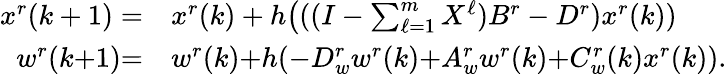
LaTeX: \begin{array}{rl}{x^{r}(k+1)=}&{{}x^{r}(k)+h\big(((I-\textstyle\sum_{\ell=1}^{m}X^{\ell})B^{r}-D^{r})x^{r}(k))}\\ {w^{r}(k{+}1){=}}&{{}w^{r}(k){+}h({-}D_{w}^{r}w^{r}(k){+}A_{w}^{r}w^{r}(k){+}C_{w}^{r}(k)x^{r}(k)).}\end{array}